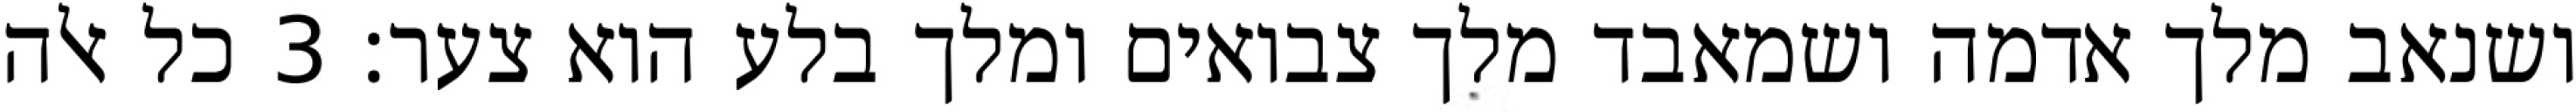
ושנאב מלך אדמה ושמאבד מלך צבואים ומלך בלע הוא צער׃ ‎3‏ כל אלה